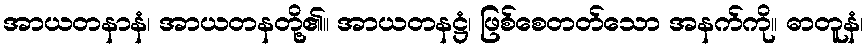
အာယတနာနံ၊ အာယတနတို့၏။ အာယတနဋ္ဌံ၊ ဖြစ်စေတတ်သော အနက်ကို။ ဓာတူနံ၊